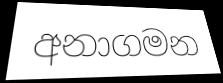
අනාගමන